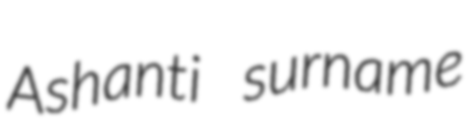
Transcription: Ashanti surname